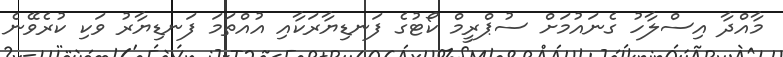
މާއްދާ އިސްލާހު ގެނައުމަށް ސުޕްރީމް ކޯޓުގެ ފަނޑިޔާރަކާއި އުއްތަމަ ފަނޑިޔާރު ވަކި ކުރެވޭނެ